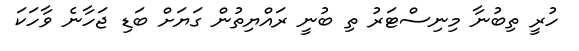
ހުރީ ތިބުނާ މިނިސްޓަރު ތި ބުނީ ރައްޔިތުން ގަޔަށް ބަޑި ޖަހާނެ ވާހަކަ